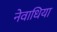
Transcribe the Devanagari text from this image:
नेवाधिया